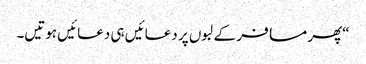
“پھر مسافر کے لبوں پر دعائیں ہی دعائیں ہوتیں۔